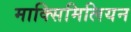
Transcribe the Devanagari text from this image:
माक्सिमिलियन